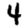
Digit: 4